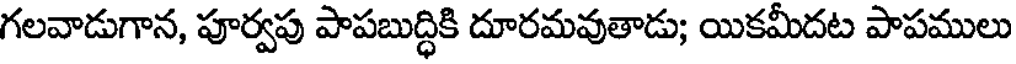
గలవాడుగాన, పూర్వపు పాపబుద్ధికి దూరమవుతాడు; యికమీదట పాపములు